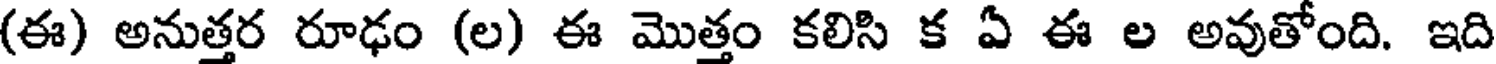
(ఈ) అనుత్తర రూఢం (ల) ఈ మొత్తం కలిసి క ఏ ఈ ల అవుతోంది. ఇది